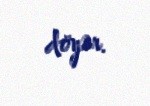
döyər.